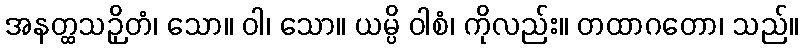
အနတ္ထသဉှိတံ၊ သော။ ဝါ၊ သော။ ယမ္ပိ ဝါစံ၊ ကိုလည်း။ တထာဂတော၊ သည်။